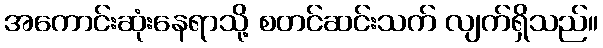
အကောင်းဆုံးနေရာသို့ စတင်ဆင်းသက် လျက်ရှိသည်။